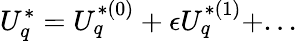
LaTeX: U_{q}^{*}=U_{q}^{*(0)}+\epsilon U_{q}^{*(1)}+...